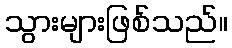
သွားများဖြစ်သည်။